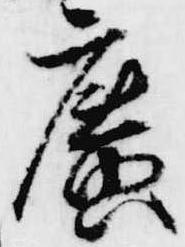
広